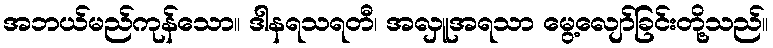
အဘယ်မည်ကုန်သော။ ဒါနရသရတီ၊ အလှူအရသာ မွေ့လျော်ခြင်းတို့သည်။